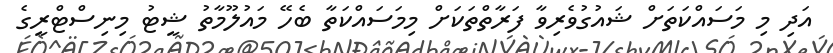
އަދި މި މަސައްކަތަށް ޝައުގުވެރިވާ ފަރާތްތަކަށް މިމަސައްކަތާ ބެހޭ މައުލޫމާތު ޝީޓު މިނިސްޓްރީގެ